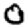
Digit: 0